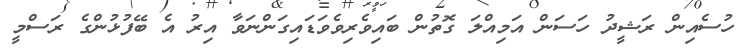
ހުސެއިން ރަޝީދު ހަސަން އަމިއްލަ ގޮތުން ބައިވެރިވެވަޑައިގަންނަވާ އިރު އެ ބޭފުޅުންގެ ރަސްމީ